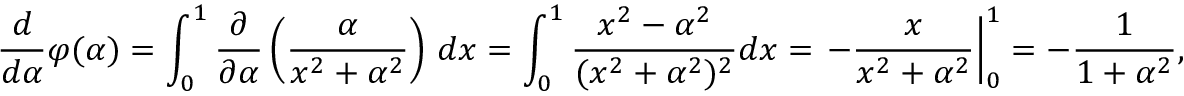
{ \frac { d } { d \alpha } } \varphi ( \alpha ) = \int _ { 0 } ^ { 1 } { \frac { \partial } { \partial \alpha } } \left( { \frac { \alpha } { x ^ { 2 } + \alpha ^ { 2 } } } \right) \, d x = \int _ { 0 } ^ { 1 } { \frac { x ^ { 2 } - \alpha ^ { 2 } } { ( x ^ { 2 } + \alpha ^ { 2 } ) ^ { 2 } } } d x = \left. - { \frac { x } { x ^ { 2 } + \alpha ^ { 2 } } } \right| _ { 0 } ^ { 1 } = - { \frac { 1 } { 1 + \alpha ^ { 2 } } } ,